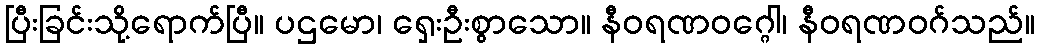
ပြီးခြင်းသို့ရောက်ပြီ။ ပဌမော၊ ရှေးဦးစွာသော။ နီဝရဏဝဂ္ဂေါ၊ နီဝရဏဝဂ်သည်။